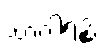
သာဂါရဉ္စ